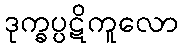
ဒုက္ခပ္ပဋိကူလော